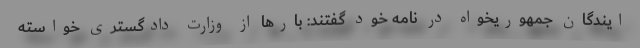
ایندگان جمهوریخواه در نامه خود گفتند: بارها از وزارت دادگستری خواسته